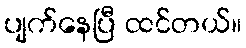
ပျက်နေပြီ ထင်တယ်။